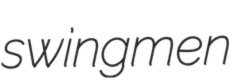
swingmen